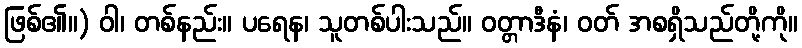
ဖြစ်၏။) ဝါ၊ တစ်နည်း။ ပရေန၊ သူတစ်ပါးသည်။ ဝတ္တာဒီနံ၊ ဝတ် အစရှိသည်တို့ကို။